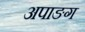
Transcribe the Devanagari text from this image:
अपाङग